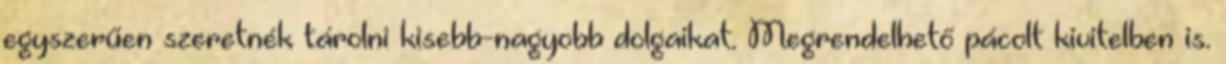
egyszerűen szeretnék tárolni kisebb-nagyobb dolgaikat. Megrendelhető pácolt kivitelben is.